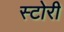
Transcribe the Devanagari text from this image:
स्‍टोरी